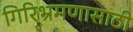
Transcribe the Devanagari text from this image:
गिरिभ्रमणासाठी